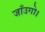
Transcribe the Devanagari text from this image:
जाँउगो।